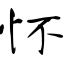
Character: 怀